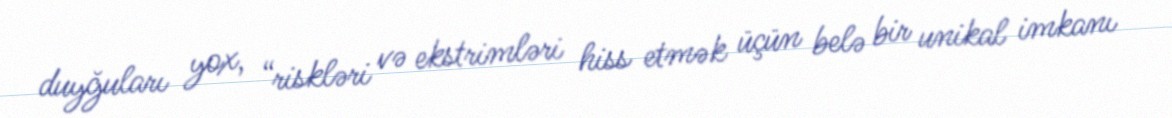
duyğuları yox, “riskləri və ekstrimləri hiss etmək üçün belə bir unikal imkanı